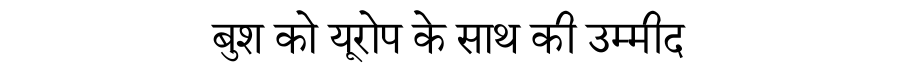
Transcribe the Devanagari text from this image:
बुश को यूरोप के साथ की उम्मीद